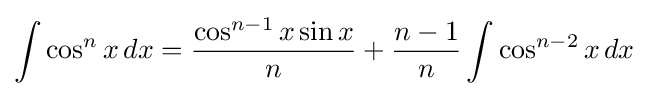
\int \cos ^{n}x\,dx={\frac {\cos ^{n-1}{x}\sin {x}}{n}}+{\frac {n-1}{n}}\int \cos ^{n-2}{x}\,dx